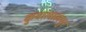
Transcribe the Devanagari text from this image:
कुवालालंपुर